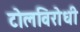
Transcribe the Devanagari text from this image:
टोलविरोधी